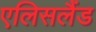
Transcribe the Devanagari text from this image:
एलिसलैंड